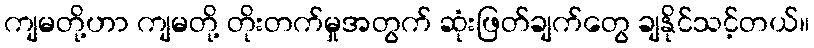
ကျမတို့ဟာ ကျမတို့ တိုးတက်မှုအတွက် ဆုံးဖြတ်ချက်တွေ ချနိုင်သင့်တယ်။